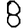
Digit: 8